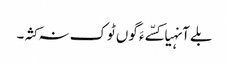
بلے آنہیا کسّے ءَ گوں ٹوک نہ کثہ۔